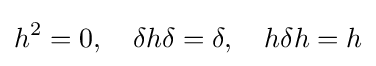
h^{2}=0,\quad \delta h\delta =\delta ,\quad h\delta h=h